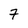
Character: 7